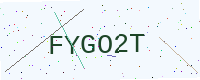
Text: FYGO2T